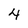
Character: 4